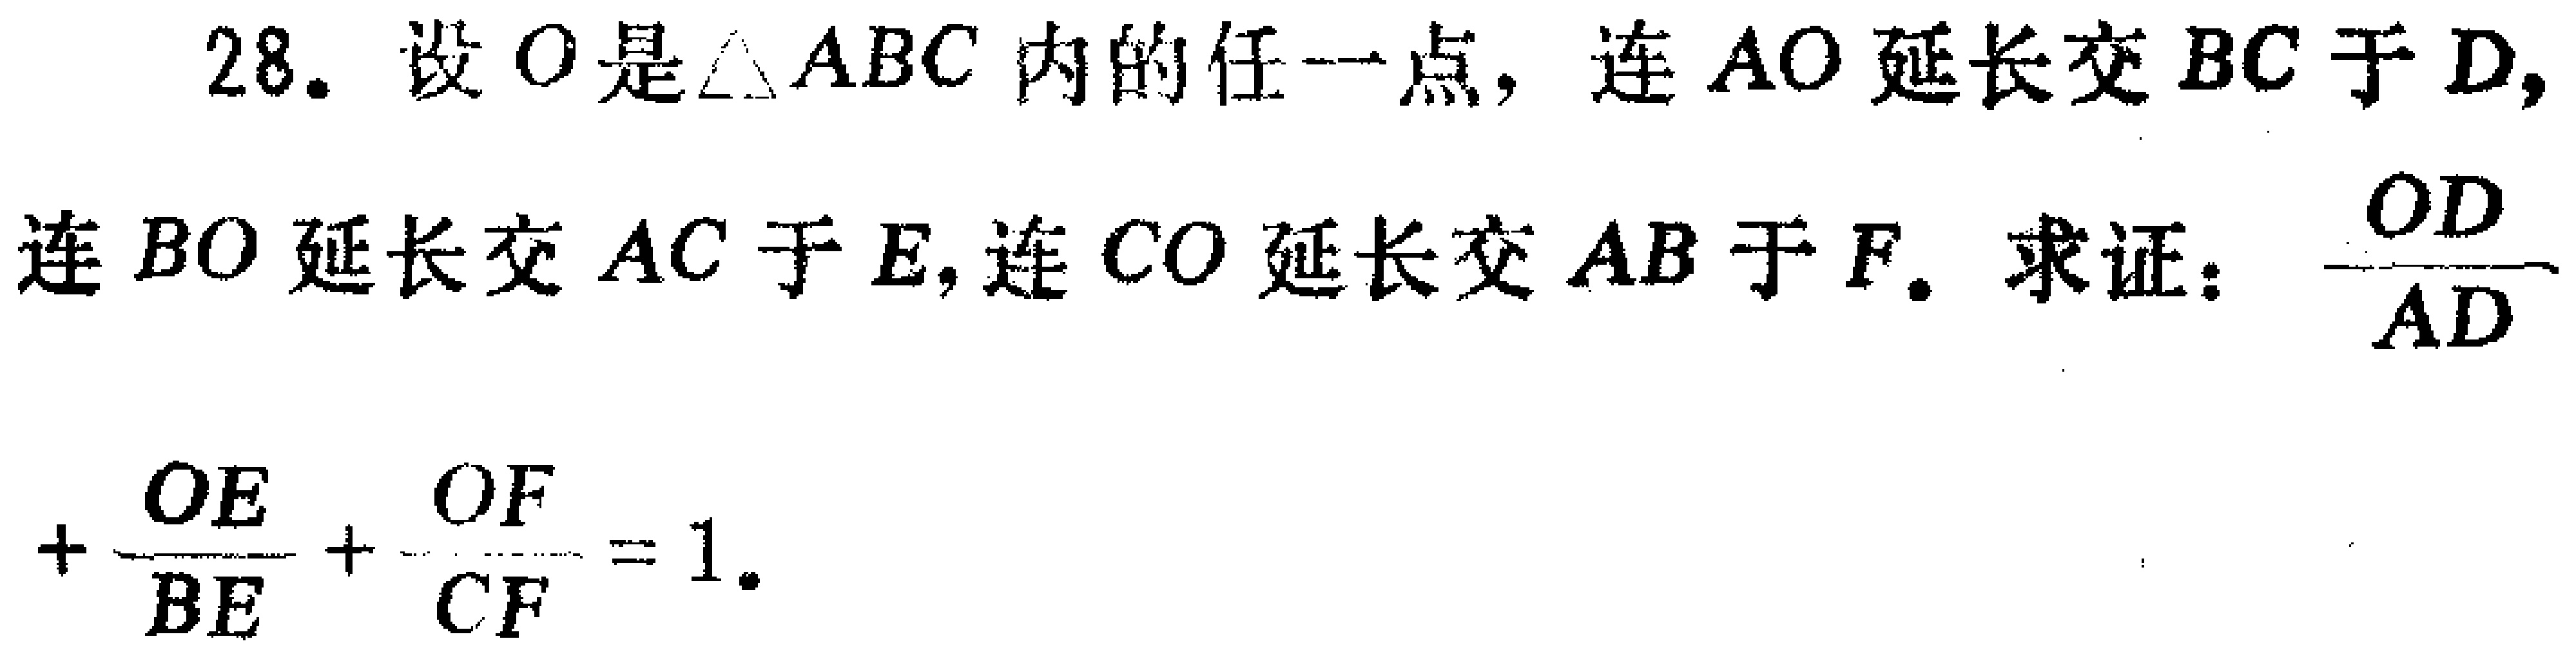
28. 设\(O\)是\(\triangle ABC\)内的任一点，连\(AO\)延长交\(BC\)于\(D\)，连\(BO\)延长交\(AC\)于\(E\)，连\(CO\)延长交\(AB\)于\(F\)。求证：\(\frac{OD}{AD}+\frac{OE}{BE}+\frac{OF}{CF}=1\)。